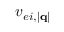
v _ { e i , | \mathbf { q } | }